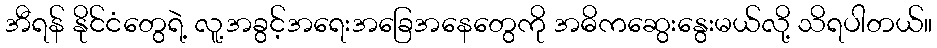
အီရန် နိုင်ငံတွေရဲ့ လူ့အခွင့်အရေးအခြေအနေတွေကို အဓိကဆွေးနွေးမယ်လို့ သိရပါတယ်။